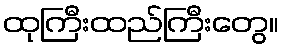
ထုကြီးထည်ကြီးတွေ။